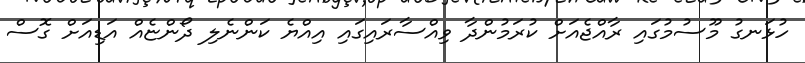
ހުޅަނގު މޫސުމުގައި ރާއްޖެއަށް ކުރަމުންދާ ވިއްސާރައިގައި އިއްޔެ ކަންނެލި ދޯންޏެއް އަޑިއަށް ގޮސް